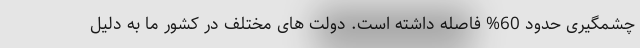
چشمگیری حدود 60% فاصله داشته است. دولت های مختلف در کشور ما به دلیل